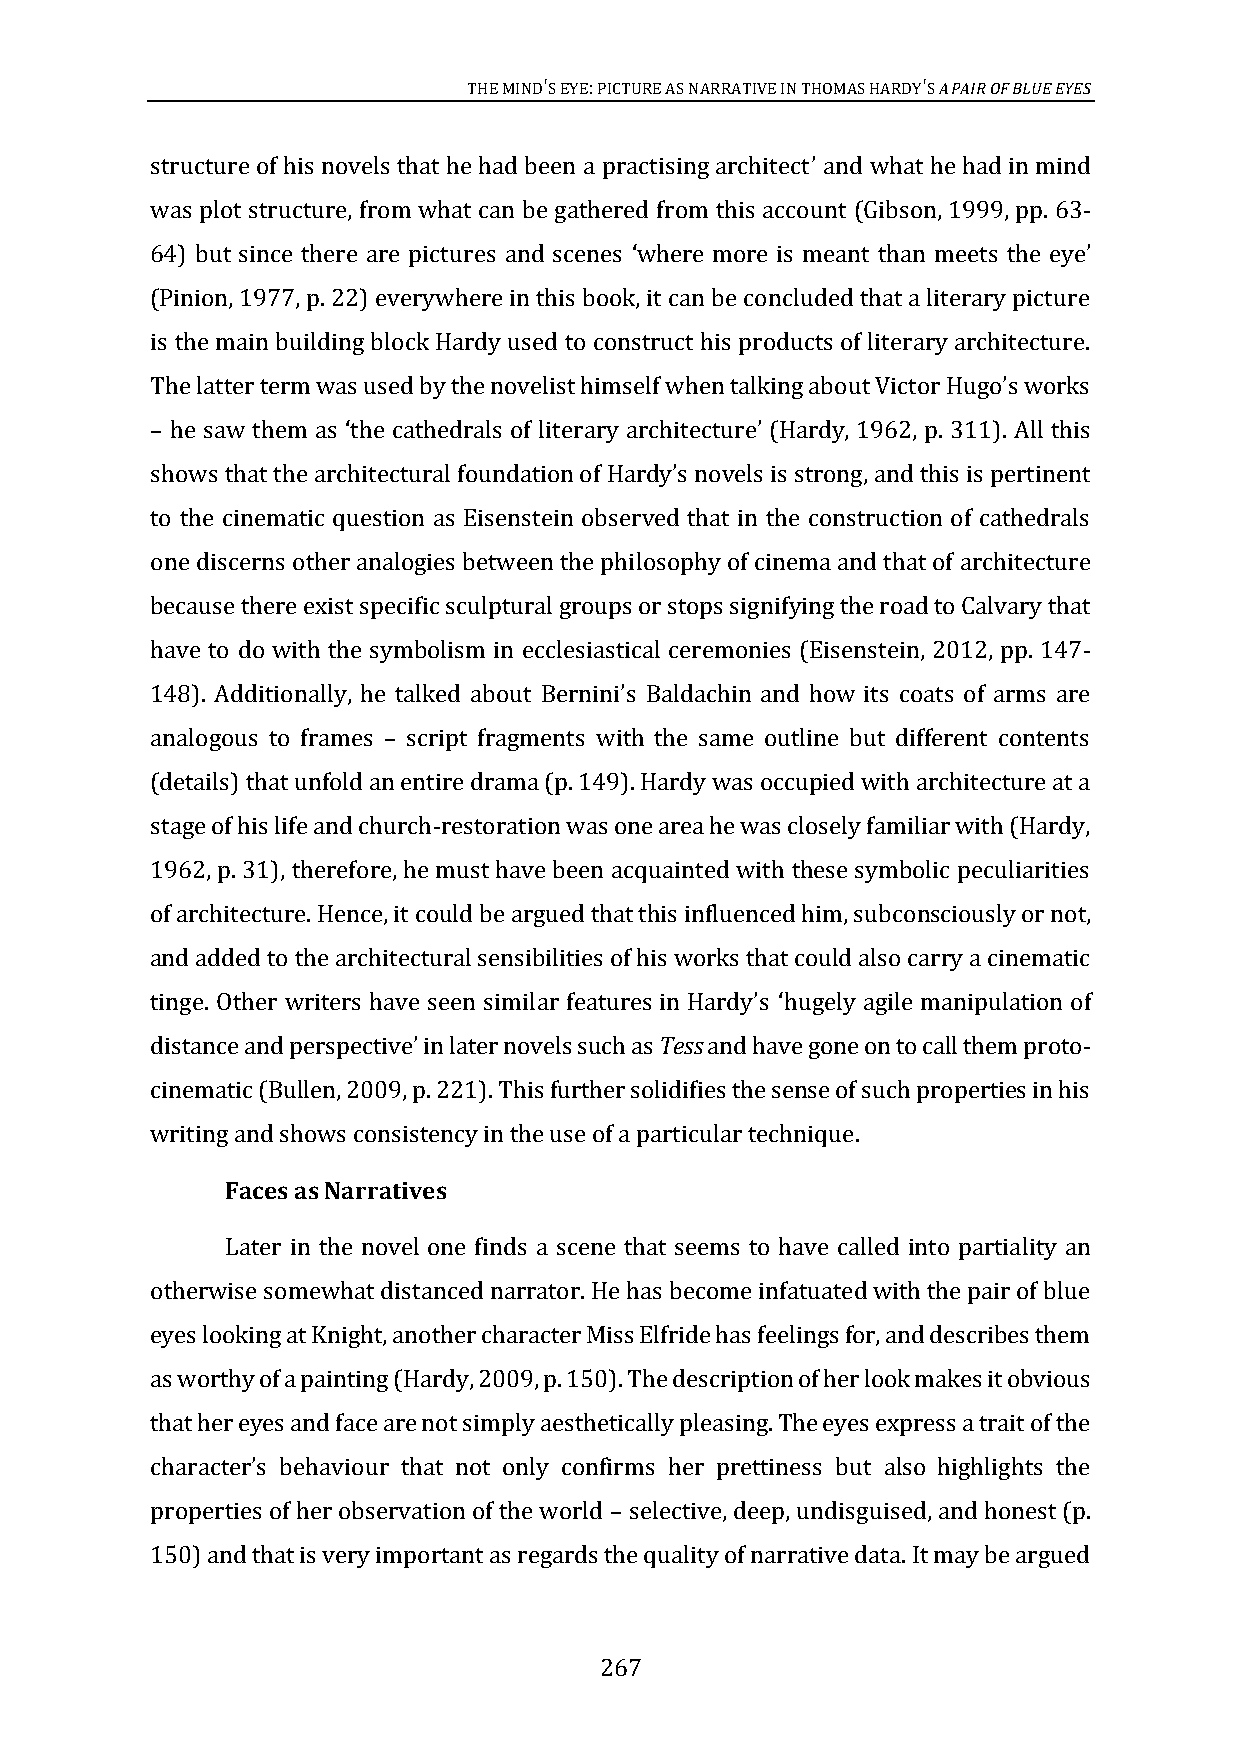
THE MIND'S EYE: PICTURE AS NARRATIVE IN THOMAS HARDY'S A PAIR OF BLUE EYES
 structure of his novels that he had been a practising architect and what he had in mind
 was plot structure, from what can be gathered from this account (Gibson, 1999, pp. 63-
 ’
 64) but since there are pictures and scenes where more is meant than meets the eye
 (Pinion, 1977, p. 22) everywhere in this book, it can be concluded that a literary picture
 ‘                             ’
 is the main building block Hardy used to construct his products of literary architecture.
 The latt
 he saw them as the cathedrals of literary architecture (Hardy, 1962, p. 311). All this
 er term was used by the novelist himself when talking about Victor Hugo’s works
 –            ‘                          ’
 to the cinematic question as Eisenstein observed that in the construction of cathedrals
 shows that the architectural foundation of Hardy’s novels is strong, and this is pertinent
 one discerns other analogies between the philosophy of cinema and that of architecture
 because there exist specific sculptural groups or stops signifying the road to Calvary that
 have to do with the symbolism in ecclesiastical ceremonies (Eisenstein, 2012, pp. 147-
 148). Additionally, he talked about
 analogous to frames script fragments with the same outline but different contents
 Bernini’s Baldachin and how its coats of arms are
 (details) that unfold an entire drama (p. 149). Hardy was occupied with architecture at a
 –
 stage of his life and church-restoration was one area he was closely familiar with (Hardy,
 1962, p. 31), therefore, he must have been acquainted with these symbolic peculiarities
 of architecture. Hence, it could be argued that this influenced him, subconsciously or not,
 and added to the architectural sensibilities of his works that could also carry a cinematic
 hugely agile manipulation of
 distance and perspective in later novels such as Tess and have gone on to call them proto-
 tinge. Other writers have seen similar features in Hardy’s ‘
 cinematic (Bullen, 2009, p. 221). This further solidifies the sense of such properties in his
 ’
 writing and shows consistency in the use of a particular technique.
 Faces as Narratives
 Later in the novel one finds a scene that seems to have called into partiality an
 otherwise somewhat distanced narrator. He has become infatuated with the pair of blue
 eyes looking at Knight, another character Miss Elfride has feelings for, and describes them
 as worthy of a painting (Hardy, 2009, p. 150). The description of her look makes it obvious
 that her eyes and face are not simply aesthetically pleasing. The eyes express a trait of the
 properties of her observation of the world selective, deep, undisguised, and honest (p.
 character’s behaviour that not only confirms her prettiness but also highlights the
 150) and that is very important as regards the quality of narrative data. It may be argued
 –
 267